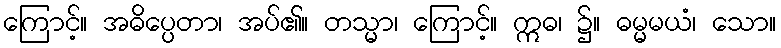
ကြောင့်။ အဓိပ္ပေတာ၊ အပ်၏။ တသ္မာ၊ ကြောင့်။ ဣဓ၊ ၌။ ဓမ္မမယံ၊ သော။